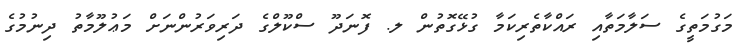
މަގުމަތީގެ ސަލާމަތާއި ރައްކާތެރިކަމާ ގުޅޭގޮތުން ލ. ފޮނަދޫ ސްކޫލްގެ ދަރިވަރުންނަށް މަޢުލޫމާތު ދިނުމުގެ